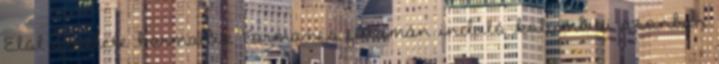
Elöl az élete harmadik Forma-1-es futamán induló kolumbiai azonban